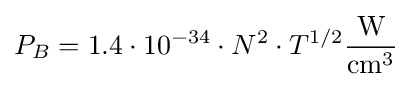
P_{B}=1.4\cdot 10^{-34}\cdot N^{2}\cdot T^{1/2}{\frac {\mathrm {W} }{\mathrm {cm} ^{3}}}